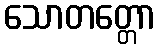
သောတတ္တော